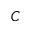
C